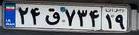
۲۴ق۷۳۴۱۹